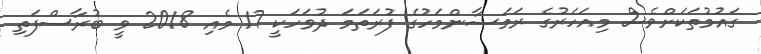
ގައުމުތަކަށްވެސް މިއަހަރުގެ ރަމަޟާންމަހުގެ ފުރަތަމަ ދުވަހަކީ 17 މެއި 2018 ވީ ބުރާސްފަތި